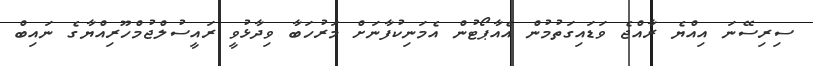
ސިރިސޭނަ އިއްޔެ ރާއްޖެ ވަޑައިގަތުމުން އެއާޕޯޓުން އެމަނިކުފާނަށް މަރުހަބާ ވިދާޅުވީ ރައީސުލްޖުމްހޫރިއްޔާގެ ނައިބް